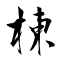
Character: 棟